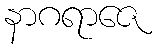
နာဂရာဇေ